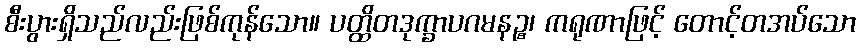
စီးပွားရှိသည်လည်းဖြစ်ကုန်သော။ ပတ္ထိတဒုက္ခာပဂမနဉ္စ၊ ကရုဏာဖြင့် တောင့်တအပ်သော